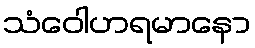
သံဝေါဟရမာနော